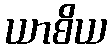
ယာစိယ